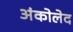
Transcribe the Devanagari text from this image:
अंकोलेद